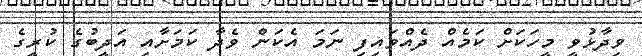
ވިދާޅުވީ މީހަކަށް ކަމެއް ދެއްވައިފި ނަމަ އެކަން ވެދާ ކަމަށާއި އަދީބުގެ ކުރީގެ